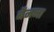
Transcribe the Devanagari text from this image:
बैनना